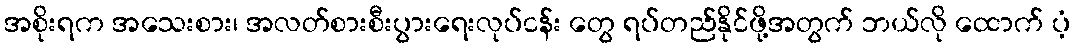
အစိုးရက အသေးစား၊ အလတ်စားစီးပွားရေးလုပ်ငန်း တွေ ရပ်တည်နိုင်ဖို့အတွက် ဘယ်လို ထောက် ပံ့